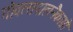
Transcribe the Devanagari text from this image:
गोवत्सपालनैकाग्रो